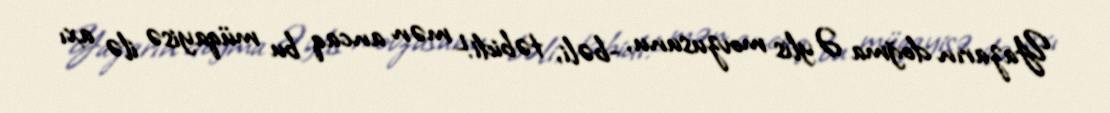
Yazarın doğma Əylis movzusunu, -bəli, təbidi!- mən ancaq bu müqayisə ilə axı